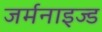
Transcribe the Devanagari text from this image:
जर्मनाइज्ड